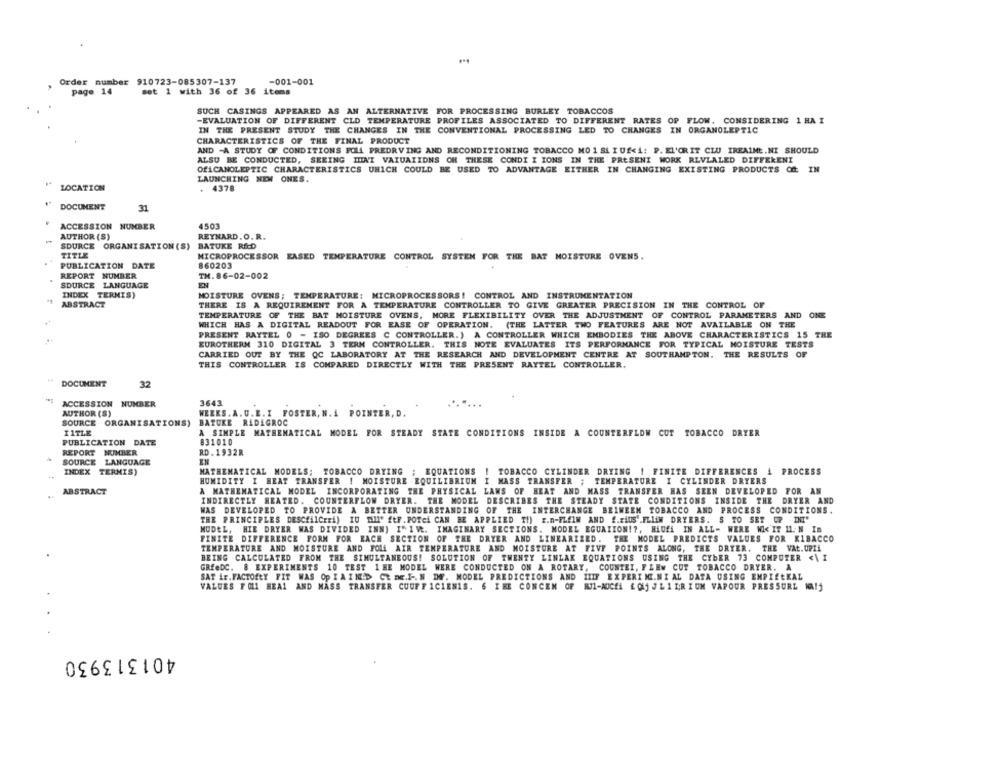
Order number 910723-085307-137
-001-001
page 14
set 1 with 36 of 36 items
SUCH CASINGS APPEARED AS AN ALTERNATIVE FOR PROCESSING BURLEY TOBACCOS
-EVALUATION OF DIFFERENT CLD TEMPERATURE PROFILES ASSOCIATED TO DIFFERENT RATES OP FLOW. CONSIDERING 1 HA I
IN THE PRESENT STUDY THE CHANGES IN THE CONVENTIONAL PROCESSING LED TO CHANGES IN ORGANOLEPTIC
CHARACTERISTICS OF THE FINAL PRODUCT
AND -A STUDY OF CONDITIONS FOLL PREDRVING AND RECONDITIONING TOBACCO MO 1 SL I Uf<1: P. EL'ORIT CLU IREAIME.NI SHOULD
ALSU BE CONDUCTED, SEEING HINT VAIUAIIDNS OH THESE CONDI I IONS IN THE PRESENT WORK REVLALED DIFFERENT
OfLCANOLEPTIC CHARACTERISTICS UHICH COULD BE USED TO ADVANTAGE EITHER IN CHANGING EXISTING PRODUCTS Of IN
LAUNCHING NEW ONES.
LOCATION
4378
DOCUMENT
31
ACCESSION NUMBER
4503
AUTHOR (S)
REYNARD . O. R.
SOURCE ORGANISATION (S) BATUKE RED
TITLE
MICROPROCESSOR EASED TEMPERATURE CONTROL SYSTEM FOR THE BAT MOISTURE OVENS.
PUBLICATION DATE
860203
REPORT NUMBER
TH.86-02-002
SOURCE LANGUAGE
INDEX TERNIS)
MOISTURE OVENS; TEMPERATURE: MICROPROCESSORS! CONTROL AND INSTRUMENTATION
ABSTRACT
THERE IS A REQUIREMENT FOR A TEMPERATURE CONTROLLER TO GIVE GREATER PRECISION IN THE CONTROL OF
TEMPERATURE OF THE BAT MOISTURE OVENS, MORE FLEXIBILITY OVER THE ADJUSTMENT OF CONTROL PARAMETERS AND ONE
WHICH HAS A DIGITAL READOUT FOR EASE OF OPERATION. (THE LATTER TWO FEATURES ARE NOT AVAILABLE ON THE
PRESENT RAYTEL 0 - ISO DEGREES C CONTROLLER.) A CONTROLLER WHICH EMBODIES THE ABOVE CHARACTERISTICS 15 THE
EUROTHERM 310 DIGITAL 3 TERM CONTROLLER. THIS NOTE EVALUATES ITS PERFORMANCE FOR TYPICAL MOISTURE TESTS
CARRIED OUT BY THE QC LABORATORY AT THE RESEARCH AND DEVELOPMENT CENTRE AT SOUTHAMPTON. THE RESULTS OF
THIS CONTROLLER IS COMPARED DIRECTLY WITH THE PRESENT RAYTEL CONTROLLER.
DOCUMENT
32
ACCESSION NUMBER
3643
.....
AUTHOR (S)
WEEKS. A.U.E. I FOSTER, N. A POINTER, D.
SOURCE ORGANISATIONS) BATUKE RADAGROC
TITLE
A SIMPLE MATHEMATICAL MODEL FOR STEADY STATE CONDITIONS INSIDE A COUNTERFLOW CUT TOBACCO DRYER
831010
PUBLICATION DATE
REPORT NUMBER
RD . 1932R
SOURCE LANGUAGE
MATHEMATICAL MODELS; TOBACCO DRYING ; EQUATIONS | TOBACCO CYLINDER DRYING | FINITE DIFFERENCES 1 PROCESS
INDEX TERMIS)
HUMIDITY I HEAT TRANSFER ! MOISTURE EQUILIBRIUM I MASS TRANSFER ; TEMPERATURE I CYLINDER DRYERS
ABSTRACT
A MATHEMATICAL MODEL INCORPORATING THE PHYSICAL LAWS OF HEAT AND MASS TRANSFER HAS SEEN DEVELOPED FOR AN
INDIRECTLY HEATED. COUNTERFLOW DRYER. THE MODEL DESCRIBES THE STEADY STATE CONDITIONS INSIDE THE DRYER AND
WAS DEVELOPED TO PROVIDE A BETTER UNDERSTANDING OF THE INTERCHANGE BEINEEM TOBACCO AND PROCESS CONDITIONS.
THE PRINCIPLES DESCYLICEri) IU "All' ftF. POTCi CAN BE APPLIED TI) E.n-FLEIN AND f.xiUs'.FLIiM DRYERS. S TO SET UP INT'
MODEL, HIE DRYER WAS DIVIDED INN) I" 1 Vt. IMAGINARY SECTIONS. MODEL EGUAIION !?, HLUEL IN ALL- WERE WI< IT 11. N In
FINITE DIFFERENCE FORM FOR EACH SECTION OF THE DRYER AND LINEARIZED.
THE MODEL PREDICTS VALUES FOR KIBACCO
TEMPERATURE AND MOISTURE AND FOLL AIR TEMPERATURE AND MOISTURE AT FIVE POINTS ALONG, THE DRYER. THE VAL.UPTi
BEING CALCULATED FROM THE SIMULTANEOUS! SOLUTION OF TWENTY LINLAK EQUATIONS USING THE CYBER 73 COMPUTER <\I
GREeDC. & EXPERIMENTS 10 TEST 1 HE MODEL WERE CONDUCTED ON A ROTARY, COUNTEI, FLEW CUT TOBACCO DRYER. A
SAT ir.FACTOELY FIT WAS OP IAIN:D Ct DE.I -. N DR. MODEL PREDICTIONS AND HIIF EXPERINCE.NI AL DATA USING EMPIEtKAL
VALUES F 011 HEA1 AND MASS TRANSFER CUUFF 1C1ENIS. 6 THE CONCEN OF RIL-AUCEA £ QLj J L 1 L;R I UM VAPOUR PRESSURE NA!j
401313930